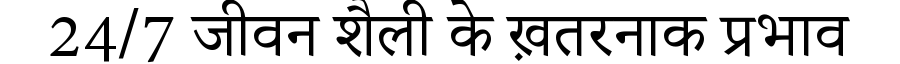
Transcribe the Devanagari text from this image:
24/7 जीवन शैली के ख़तरनाक प्रभाव